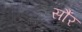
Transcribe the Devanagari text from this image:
सौंर